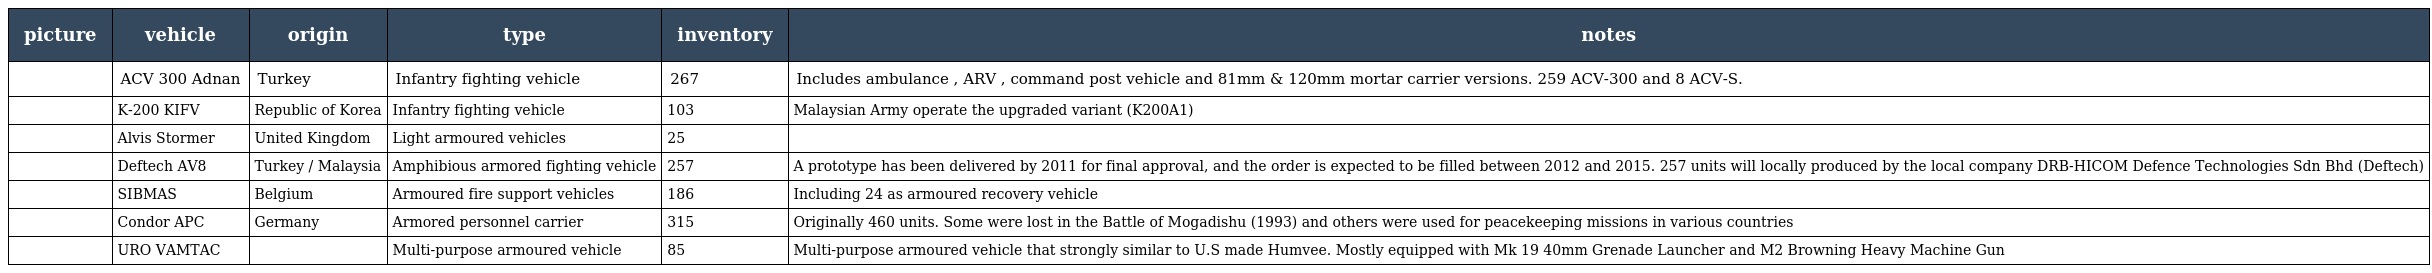
| picture | vehicle | origin | type | inventory | notes |
 | --- | --- | --- | --- | --- | --- |
 |  | ACV 300 Adnan | Turkey | Infantry fighting vehicle | 267 | Includes ambulance , ARV , command post vehicle and 81mm & 120mm mortar carrier versions. 259 ACV-300 and 8 ACV-S. |
 |  | K-200 KIFV | Republic of Korea | Infantry fighting vehicle | 103 | Malaysian Army operate the upgraded variant (K200A1) |
 |  | Alvis Stormer | United Kingdom | Light armoured vehicles | 25 |  |
 |  | Deftech AV8 | Turkey / Malaysia | Amphibious armored fighting vehicle | 257 | A prototype has been delivered by 2011 for final approval, and the order is expected to be filled between 2012 and 2015. 257 units will locally produced by the local company DRB-HICOM Defence Technologies Sdn Bhd (Deftech) |
 |  | SIBMAS | Belgium | Armoured fire support vehicles | 186 | Including 24 as armoured recovery vehicle |
 |  | Condor APC | Germany | Armored personnel carrier | 315 | Originally 460 units. Some were lost in the Battle of Mogadishu (1993) and others were used for peacekeeping missions in various countries |
 |  | URO VAMTAC |  | Multi-purpose armoured vehicle | 85 | Multi-purpose armoured vehicle that strongly similar to U.S made Humvee. Mostly equipped with Mk 19 40mm Grenade Launcher and M2 Browning Heavy Machine Gun |